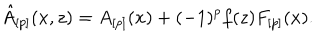
LaTeX: \hat { A } _ { [ p ] } ( x , z ) = A _ { [ p ] } ( x ) + ( - 1 ) ^ { p } f ( z ) F _ { [ p ] } ( x ) .